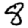
Digit: 8